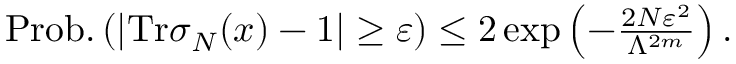
\begin{array} { r } { \mathrm { P r o b . } \left( \left| \mathrm { T r } \sigma _ { N } ( x ) - 1 \right| \ge \varepsilon \right) \le 2 \exp \left( - \frac { 2 N \varepsilon ^ { 2 } } { \Lambda ^ { 2 m } } \right) . } \end{array}